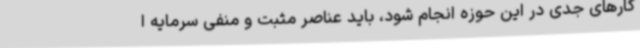
کارهای جدی در این حوزه انجام شود، باید عناصر مثبت و منفی سرمایه ا